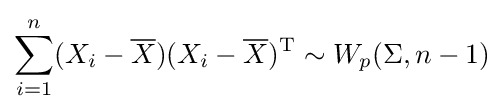
\sum _{i=1}^{n}(X_{i}-{\overline {X}})(X_{i}-{\overline {X}})^{\mathrm {T} }\sim W_{p}(\Sigma ,n-1)